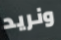
ونريد